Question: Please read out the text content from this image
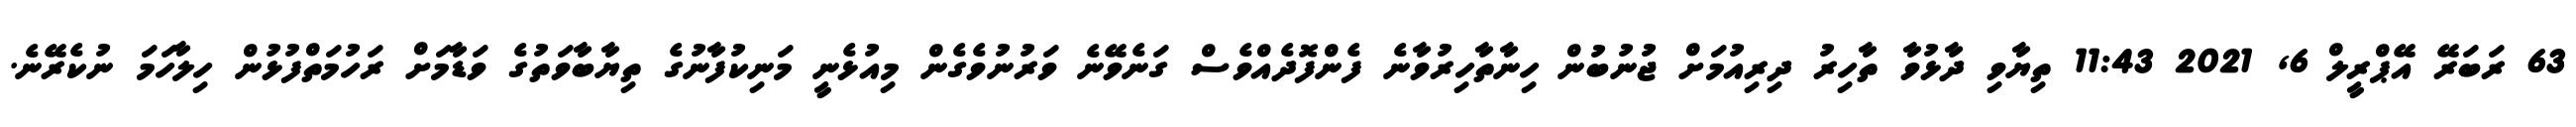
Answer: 63 ރަބަރޭ އޭޕްރީލް 6, 2021 11:43 ތިޔާވި ދާޅުވާ ތާހިރު ދިރިއުމަށް ޖުނުބުން ހިނާތާހިރުވާނެ ފެންފޮދެއްވެސް ގަނެވޭނެ ވަރުނުވެގެން މިއުޅެނީ މަނިކުފާނުގެ ތިޔާބާވަތުގެ ވަޑާމަށް ރަހުމަތްފުޅުން ހިލާހަމަ ނުކެރޭނެ.